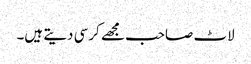
لاٹ صاحب مجھے کرسی دیتے ہیں۔